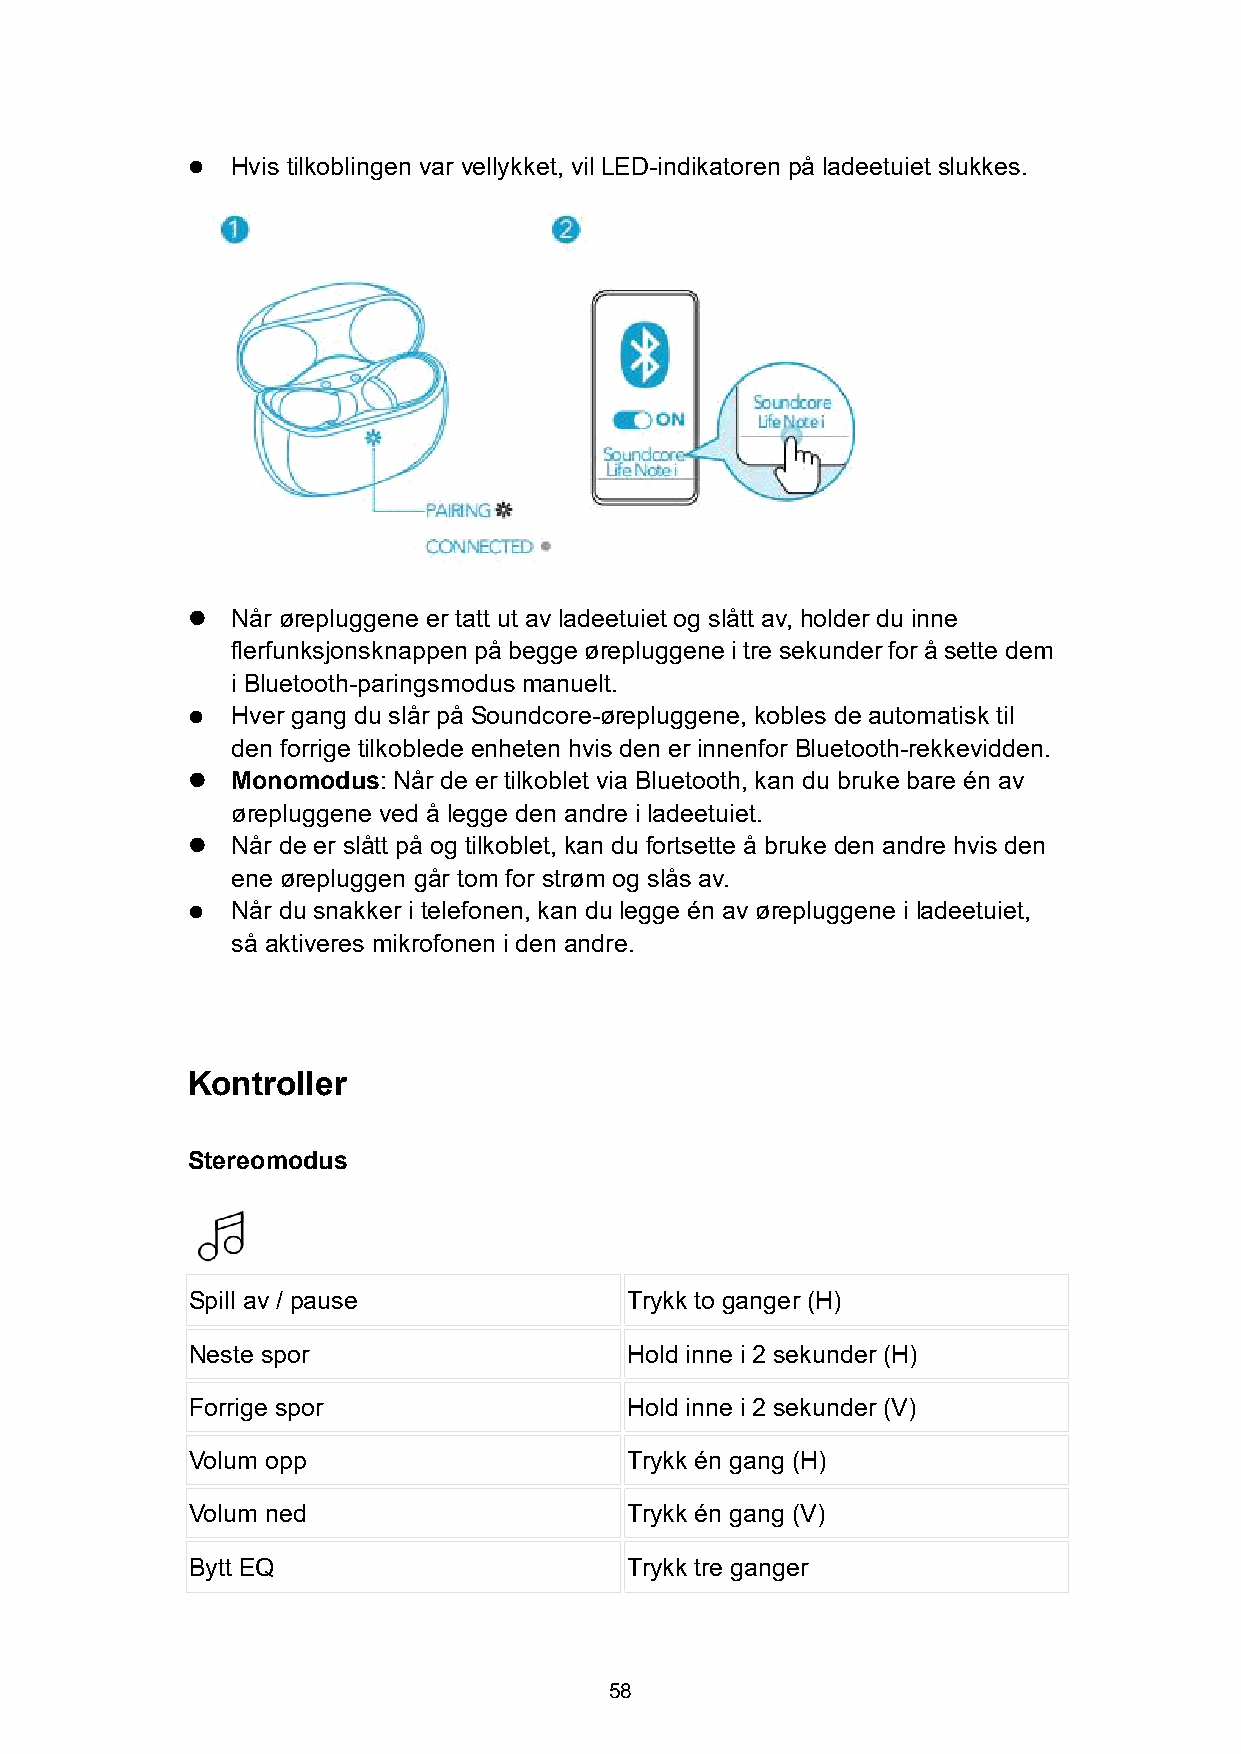
  Hvis tilkoblingen var vellykket, vil LED-indikatoren på ladeetuiet slukkes.
   Når ørepluggene er tatt ut av ladeetuiet og slått av, holder du inne
 flerfunksjonsknappenpå begge ørepluggene i tre sekunderforå sette dem
 i Bluetooth-paringsmodus manuelt.
   Hver gang du slår på Soundcore-ørepluggene, kobles de automatisk til
 den forrige tilkoblede enheten hvis den er innenfor Bluetooth-rekkevidden.
   Monomodus:Når de er tilkoblet via Bluetooth, kan du bruke bare én av
 ørepluggene ved å legge den andre i ladeetuiet.
   Når de er slått på og tilkoblet, kan du fortsette å bruke den andre hvis den
 ene ørepluggen går tom for strøm og slås av.
   Når du snakker i telefonen, kan du legge én av ørepluggene i ladeetuiet,
 så aktiveres mikrofonen i den andre.
 Kontroller
 Stereomodus
 Spill av / pause             Trykk to ganger (H)
 Neste spor                   Hold inne i 2 sekunder (H)
 Forrige spor                 Hold inne i 2 sekunder (V)
 Volum opp                    Trykk én gang (H)
 Volum ned                    Trykk én gang (V)
 Bytt EQ                      Trykk tre ganger
 58